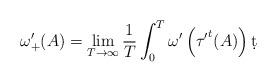
LaTeX: \begin{align*}\omega ' _+ (A) = \lim_{T \to \infty} \frac{1}{T} \int_0 ^T \omega' \left( { \tau ' } ^t (A) \right) \d t \end{align*}